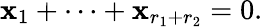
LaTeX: \mathbf{x}_{1}+\cdots+\mathbf{x}_{r_{1}+r_{2}}=0.